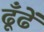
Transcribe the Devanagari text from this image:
ढूँढें